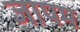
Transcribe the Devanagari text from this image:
जापम